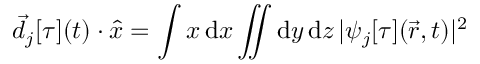
\vec { d } _ { j } [ \tau ] ( t ) \cdot \hat { x } = \int x \, \mathrm { d } x \iint \mathrm { d } y \, \mathrm { d } z \, | \psi _ { j } [ \tau ] ( \vec { r } , t ) | ^ { 2 }